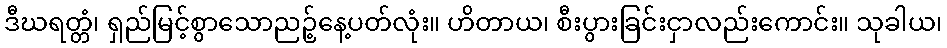
ဒီဃရတ္တံ၊ ရှည်မြင့်စွာသောညဉ့်နေ့ပတ်လုံး။ ဟိတာယ၊ စီးပွားခြင်းငှာလည်းကောင်း။ သုခါယ၊